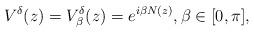
LaTeX: \begin{align*}V^{\delta}(z) =V^{\delta}_{\beta}(z) =e^{i \beta N(z)}, \beta \in [0,\pi],\end{align*}